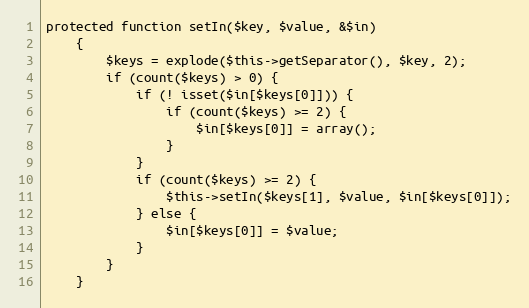
Language: PHP
protected function setIn($key, $value, &$in)
    {
        $keys = explode($this->getSeparator(), $key, 2);
        if (count($keys) > 0) {
            if (! isset($in[$keys[0]])) {
                if (count($keys) >= 2) {
                    $in[$keys[0]] = array();
                }
            }
            if (count($keys) >= 2) {
                $this->setIn($keys[1], $value, $in[$keys[0]]);
            } else {
                $in[$keys[0]] = $value;
            }
        }
    }